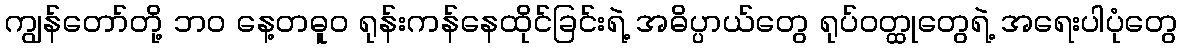
ကျွန်တော်တို့ ဘဝ နေ့တဓူဝ ရုန်းကန်နေထိုင်ခြင်းရဲ့ အဓိပ္ပာယ်တွေ ရုပ်ဝတ္ထုတွေရဲ့ အရေးပါပုံတွေ